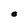
Character: O